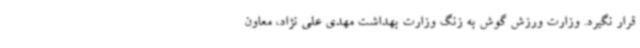
قرار نگیرد. وزارت ورزش گوش به زنگ وزارت بهداشت مهدی علی نژاد، معاون